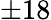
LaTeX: \pm 18